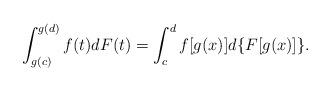
LaTeX: \begin{align*} \int_{g(c)}^{g(d)}f(t)dF(t)=\int_{c}^{d}f[g(x)]d\{F[g(x)]\}. \end{align*}